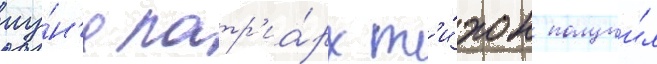
иу́н'я патр'иа́рх т'и́хон получи́л